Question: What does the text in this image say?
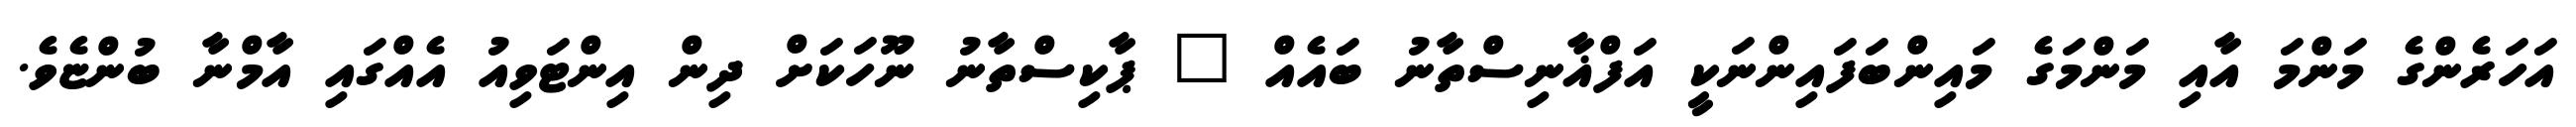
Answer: އަހަރެންގެ މަންމަ އާއި މަންމަގެ މައިންބަފައިންނަކީ އަފްޣާނިސްތާނު ބައެއް " ޕާކިސްތާނު ނޫހަކަށް ދިން އިންޓަވިއު އެއްގައި އާމްނާ ބުންޏެވެ.